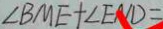
\angle B M E + \angle E N D =